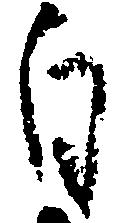
自